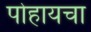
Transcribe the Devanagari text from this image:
पोहायचा